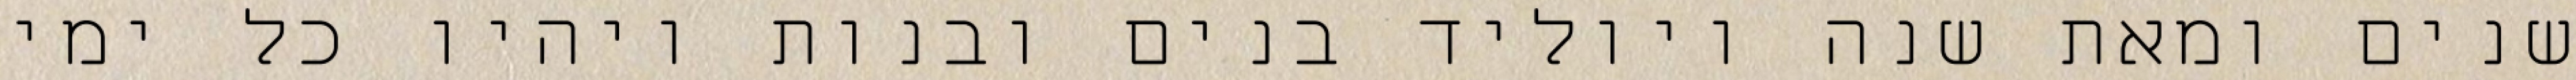
שנים ומאת שנה ויוליד בנים ובנות ויהיו כל ימי